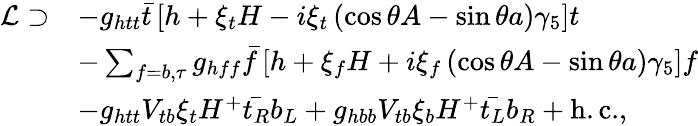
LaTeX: \begin{array}{rl}{\mathcal{L}\supset}&{-g_{htt}\bar{t}\left[h+\xi_{t}H-i\xi_{t}\left(\cos\theta A-\sin\theta a\right)\gamma_{5}\right]t}\\ &{-\sum_{f=b,\tau}g_{hff}\bar{f}\left[h+\xi_{f}H+i\xi_{f}\left(\cos\theta A-\sin\theta a\right)\gamma_{5}\right]f}\\ &{-g_{htt}V_{tb}\xi_{t}H^{+}\bar{t_{R}}b_{L}+g_{hbb}V_{tb}\xi_{b}H^{+}\bar{t_{L}}b_{R}+\mathrm{h.c.},}\end{array}